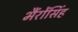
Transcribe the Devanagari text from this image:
भैंरोंसिंह